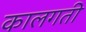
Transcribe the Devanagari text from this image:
कालगती